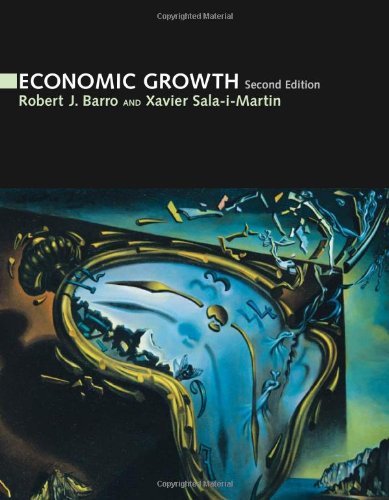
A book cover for Economic Growth; Robert J. Barro; Business & Money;